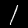
Label: 1